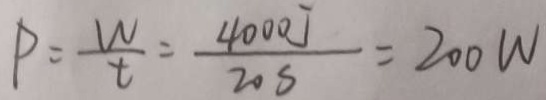
P = \frac { W } { t } = \frac { 4 0 0 0 J } { 2 0 s } = 2 0 0 W